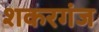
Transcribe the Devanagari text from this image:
शकरगंज